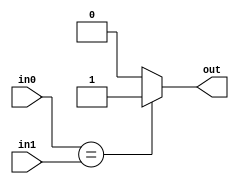
`timescale 1ns / 1ps
//////////////////////////////////////////////////////////////////////////////////
// Company: 
// Engineer: 
// 
// Design Name: 
// Module Name: equal20b
// Project Name: 
// Target Devices: 
// Tool Versions: 
// Description: 
// 
// Dependencies: 
// 
// Revision:
// Revision 0.01 - File Created
// Additional Comments:
// 
//////////////////////////////////////////////////////////////////////////////////


module equal20b(
         output reg out,
         input[19:0] in0,in1);
         
         always @(*)
         if(in0==in1)
          out=1;
          else
          out=0;
endmodule